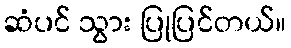
ဆံပင် သွား ပြုပြင်တယ်။